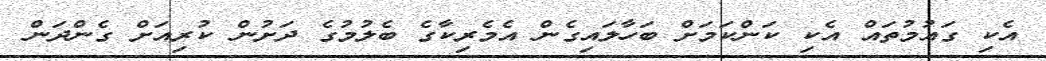
އެކި ގައުމުތައް އެކި ކަންކަމަށް ބަހާލައިގެން އެމެރިކާގެ ބެލުމުގެ ދަށުން ކުރިއަށް ގެންދަން